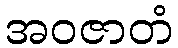
အဝဇာတံ